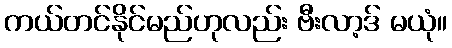
ကယ်တင်နိုင်မည်ဟုလည်း ဗီးလာ့ဒ် မယုံ။